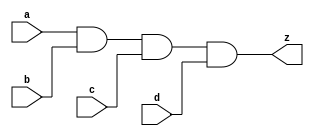
//#############################################################################
//# Function: 4-Input And Gate                                                #
//# Copyright: OH Project Authors. ALl rights Reserved.                       #
//# License:  MIT (see LICENSE file in OH repository)                         #
//#############################################################################

module asic_and4 #(parameter PROP = "DEFAULT")  (
   input  a,
   input  b,
   input  c,
   input  d,
   output z
   );

   assign z = a & b & c & d;

endmodule